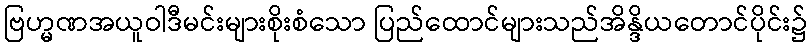
ဗြဟ္မဏအယူဝါဒီမင်းများစိုးစံသော ပြည်ထောင်များသည်အိန္ဒိယတောင်ပိုင်း၌